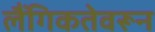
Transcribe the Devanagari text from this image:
लैंगिकतेवरून